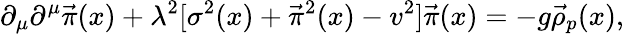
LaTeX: \partial_{\mu}\partial^{\mu}\vec{\pi}(x)+\lambda^{2}[\sigma^{2}(x)+\vec{\pi}^{2}(x)-v^{2}]\vec{\pi}(x)=-g\vec{\rho}_{p}(x),